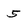
Character: 5